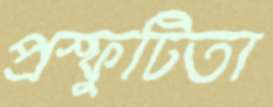
প্রস্ফুটিতা